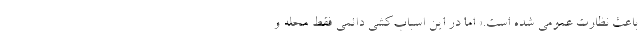
باعث نظارت عمومی شده است.» اما در این اسباب‌کشیِ دائمی فقط محله و